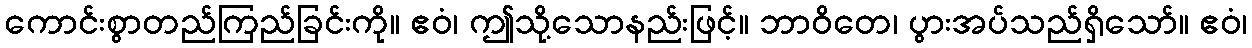
ကောင်းစွာတည်ကြည်ခြင်းကို။ ဧဝံ၊ ဤသို့သောနည်းဖြင့်။ ဘာဝိတေ၊ ပွားအပ်သည်ရှိသော်။ ဧဝံ၊